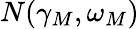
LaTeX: N(\gamma_{M},\omega_{M})